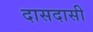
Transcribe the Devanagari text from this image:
दासदासी